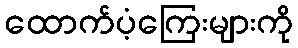
ထောက်ပံ့ကြေးများကို